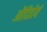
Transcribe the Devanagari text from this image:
औदितोर्य